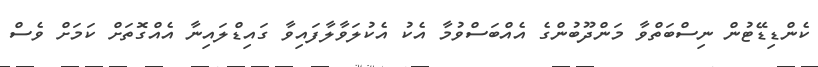
ކެންޑިޑޭޓުން ނިސްބަތްވާ މަންދޫބުންގެ އެއްބަސްވުމާ އެކު އެކުލަވާލާފައިވާ ގައިޑްލައިނާ އެއްގޮތަށް ކަމަށް ވެސް